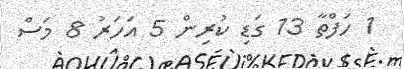
1 ހަފްތާ 13 ގަޑި ކުރިން 5 އަހަރު 8 މަސް